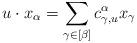
LaTeX: \begin{align*}u\cdot x_{\alpha}=\sum_{\gamma\in[\beta]}c_{\gamma,u}^{\alpha}x_{\gamma}\end{align*}